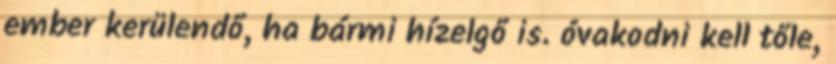
ember kerülendő, ha bármi hízelgő is. óvakodni kell tőle,